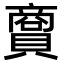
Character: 𧷮